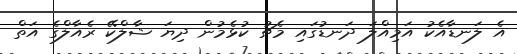
އެ ލަނޑާއެކު އަމިއްލަ ދަނޑުގައި މެޗު ކުޅެމުން ދިޔަ ޝާލްކޭ ރެއާލްގެ އަތް